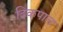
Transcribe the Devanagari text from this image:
दिकपाल